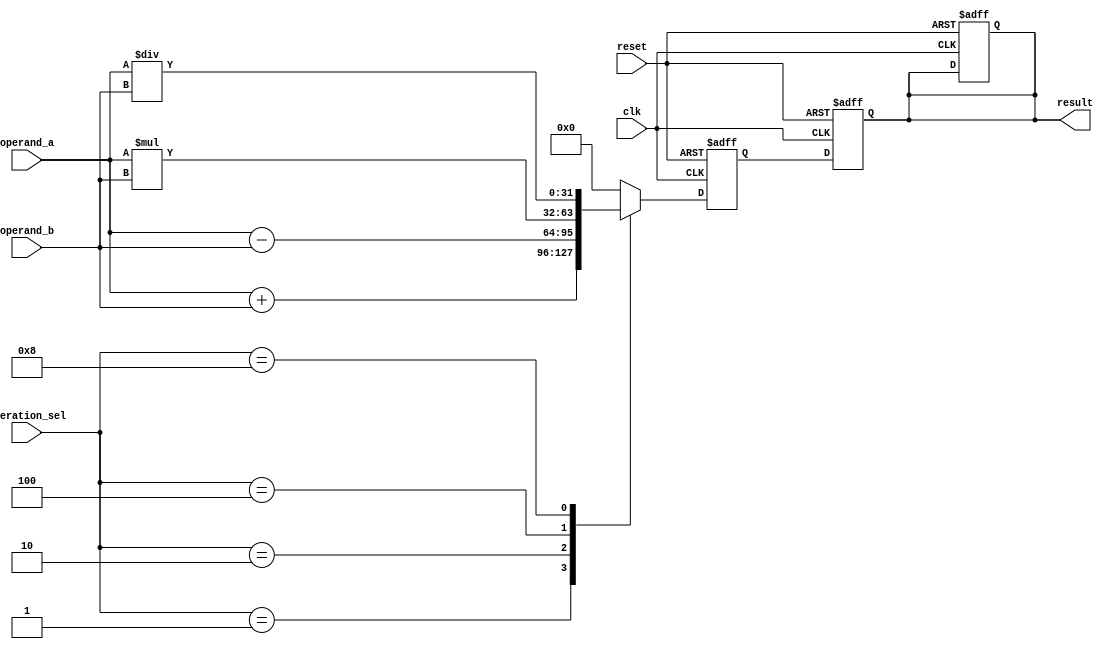
module extended_precision_fp_unit (
    input wire clk,
    input wire reset,
    input wire [31:0] operand_a,
    input wire [31:0] operand_b,
    input wire [3:0] operation_sel,
    output reg [31:0] result
);

reg [31:0] internal_result;

always @(posedge clk or posedge reset) begin
    if (reset) begin
        result <= 32'b0;
        internal_result <= 32'b0;
    end else begin
        case(operation_sel)
            4'b0001: internal_result <= operand_a + operand_b; // Addition
            4'b0010: internal_result <= operand_a - operand_b; // Subtraction
            4'b0100: internal_result <= operand_a * operand_b; // Multiplication
            4'b1000: internal_result <= operand_a / operand_b; // Division
            // Add more operations here such as square root and exponentiation
            default: internal_result <= 32'b0;
        endcase
    end
end

always @(posedge clk or posedge reset) begin
    if (reset) begin
        result <= 32'b0;
    end else begin
        result <= internal_result;
    end
end

endmodule